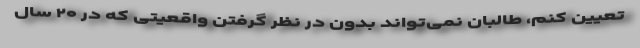
تعیین کنم، طالبان نمی‌تواند بدون در نظر گرفتن واقعیتی که در ۲۰ سال